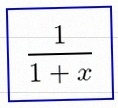
\frac{1}{1+x}